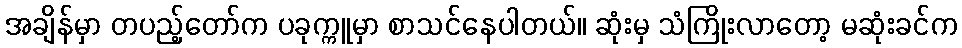
အချိန်မှာ တပည့်တော်က ပခုက္ကူမှာ စာသင်နေပါတယ်။ ဆုံးမှ သံကြိုးလာတော့ မဆုံးခင်က